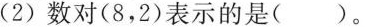
2)数对(8，2)表示的是( )。